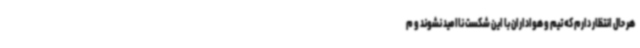
هر حال انتظار دارم که تیم و هواداران با این شکست ناامید نشوند و م